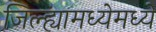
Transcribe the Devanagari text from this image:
जिल्ह्यामध्येमध्ये